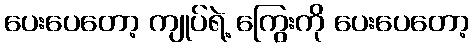
ပေးပေတော့ ကျုပ်ရဲ့ ကြွေးကို ပေးပေတော့